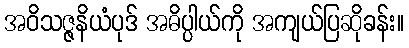
အဝိသဇ္ဇနိယံပုဒ် အဓိပ္ပါယ်ကို အကျယ်ပြဆိုခန်း။